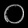
Digit: ၀